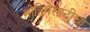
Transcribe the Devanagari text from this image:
मोहिमेसाठीचा